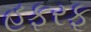
હફરફ